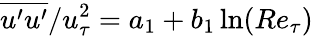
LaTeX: \overline{{u^{\prime}u^{\prime}}}/u_{\tau}^{2}=a_{1}+b_{1}\ln(Re_{\tau})